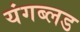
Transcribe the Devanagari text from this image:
यंगब्लड